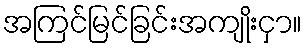
အကြင်မြင်ခြင်းအကျိုးငှာ။